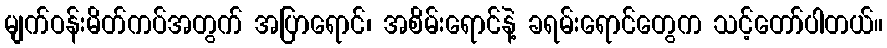
မျက်ဝန်းမိတ်ကပ်အတွက် အပြာရောင်၊ အစိမ်းရောင်နဲ့ ခရမ်းရောင်တွေက သင့်တော်ပါတယ်။